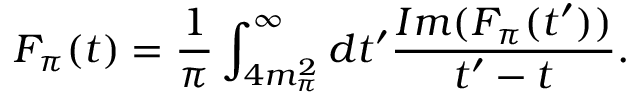
F _ { \pi } ( t ) = \frac { 1 } { \pi } \int _ { 4 m _ { \pi } ^ { 2 } } ^ { \infty } d t ^ { \prime } \frac { { \cal I } m ( F _ { \pi } ( t ^ { \prime } ) ) } { t ^ { \prime } - t } .